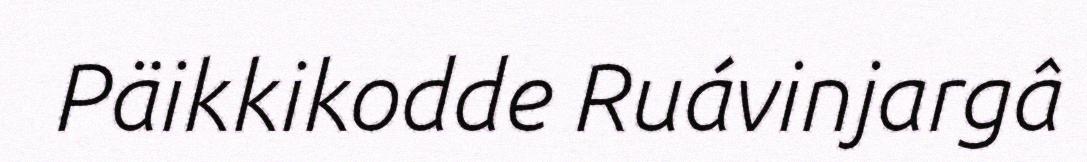
Päikkikodde Ruávinjargâ